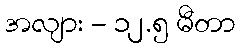
အလျား - ၁၂.၅ မီတာ